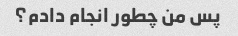
پس من چطور انجام دادم؟